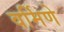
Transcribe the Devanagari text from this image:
वर्मिणे